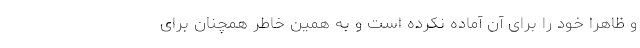
و ظاهراً خود را برای آن آماده نکرده است و به همین خاطر همچنان برای